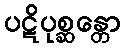
ပဋိပုစ္ဆန္တော